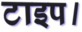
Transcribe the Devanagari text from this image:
टाइप।